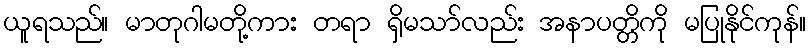
ယူရသည်။ မာတုဂါမတို့ကား တရာ ရှိမသာ်လည်း အနာပတ္တိကို မပြုနိုင်ကုန်။